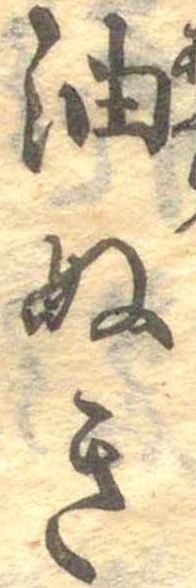
油ぬき